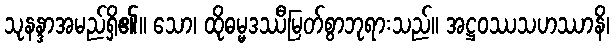
သုနန္ဒာအမည်ရှိ၏။ သော၊ ထိုဓမ္မဒဿီမြတ်စွာဘုရားသည်။ အဋ္ဌဝဿသဟဿာနိ၊